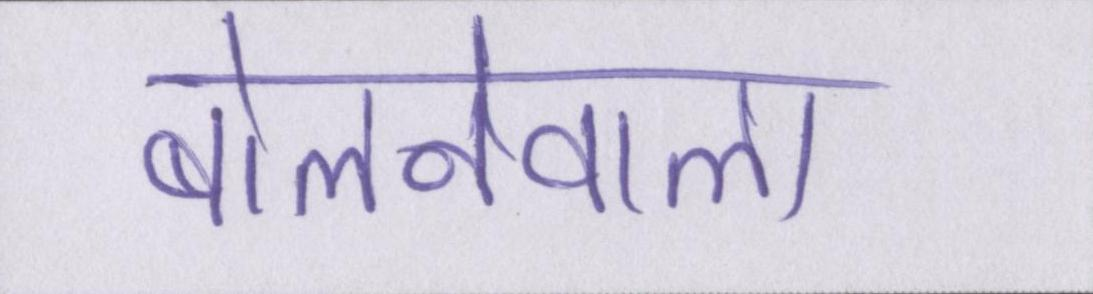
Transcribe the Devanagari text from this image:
बोलनेवाला